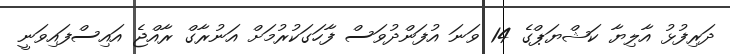
ދަރިފުޅު އާލިޔާ ކަޝްޔަޕްގެ 14 ވަނަ އުފަންދުވަސް ފާހަގަކުރުމަށް އަނުރާގް ރާއްޖެ އައިސްފައިވަނީ